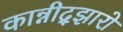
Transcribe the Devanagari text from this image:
कान्नीद्झारो